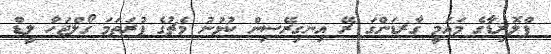
ފްލޮރިޑާގެ މައަމީ ގާރޑަންގަ ރޭ އިނގިރޭސިން ކުޅުނު މެޗުގެ ފުރަތަމަ ގޯލްޖަހާ ލީޑް